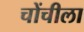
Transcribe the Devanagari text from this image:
चोंचीला